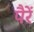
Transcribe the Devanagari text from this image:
पैरें